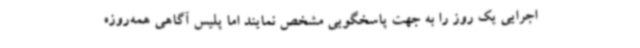
اجرایی یک روز را به جهت پاسخگویی مشخص نمایند اما پلیس آگاهی همه‌روزه